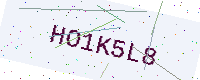
Text: HO1K5L8